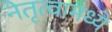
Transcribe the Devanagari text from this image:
नेतृत्वामध्ये